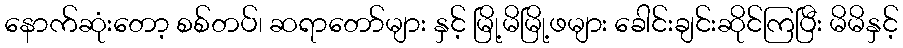
နောက်ဆုံးတော့ စစ်တပ်၊ ဆရာတော်များ နှင့် မြို့မိမြို့ဖများ ခေါင်းချင်းဆိုင်ကြပြီး မိမိနှင့်